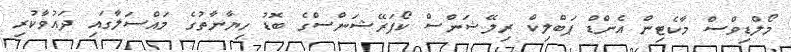
މޯލްޑިވްސް މާކެޓިން އެންޑް ޕަބްލިކް ރިލޭޝަންސް ކޯޕަރޭޝަންސްގެ ބޮޑު ހިޔާނާތުގެ މައްސަލާގައި ދައުވާކުރި